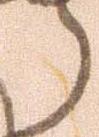
う